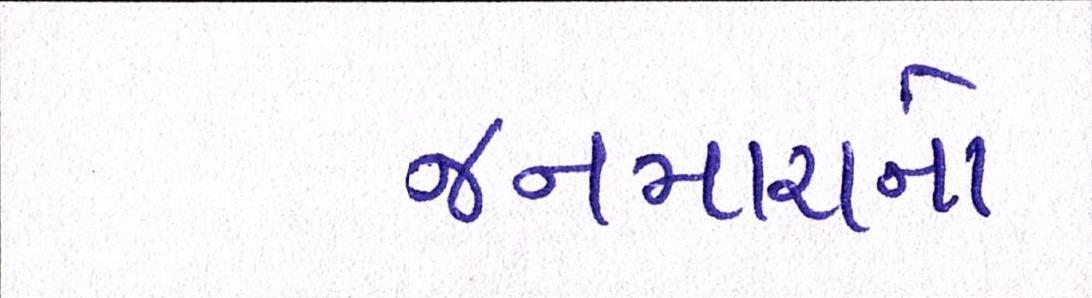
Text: જનમારાનો